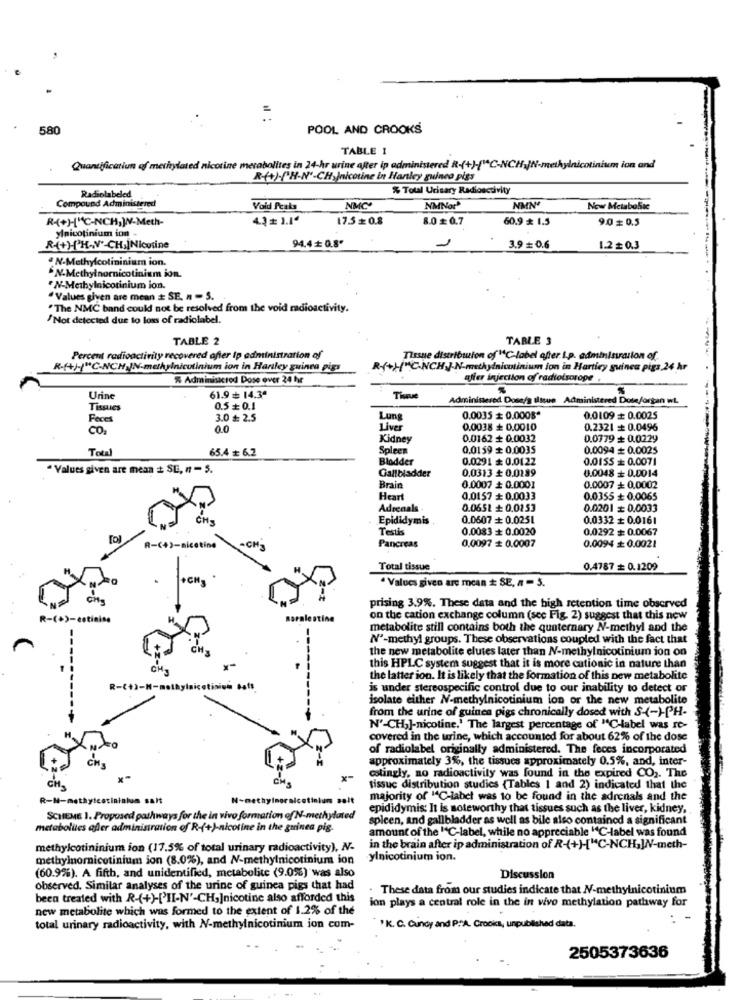
=
580
POOL AND CROOKS
TABLE 1
Quantification of methylated nicotine metabolites in 24-hr urine after ip administered R-(+)-("C-NCH IN-methylnicotinium ion and
R(+)-PH-N'-CH Inicotine in Hanley guinea pigs
% Total Urinary Radioactivity
Compound Administered
Radiolabeled
Void Peaks
NMC
NMNor
NMN'
Now Metabolic
R(+)"C-NCH,W-Meth-
4.3+ 1.1ª
17.5 0.8
8.0$0.7
60.9 * 1.5
9.00.5
ylnicotinium ion -
94.4+ 0.8"
R(+H'H-N' CH.|Nicotine
3.9 = 0.6
1.2£0.3
. N-Methylcolininium ion.
N-Methylnornicotinium ion.
N-Methylnicotinium ion.
"Values given are mean # SE. n - 5.
"The NMC band could not be resolved from the void radioactivity.
Not detected due to loss of radiolabel.
TABLE 2
TABLE 3
Percent radioactivity recovered after ip administration of
Tissue distribution ofMC-label after i.p. administration of
R-(+/-/"C-NCH IN-methylnicolinium ion in Harley guinea pigs
R-(+H"C.NCH J.N-methylnicolinium ion in Harticy guinea pigs 24 hr
% Adminisacred Dose over 24 hr
affer injection of radiotsoroge .
Urine
61.9 + 14.30
Thave
Administered Dose/g tissue Administered Dose/organ wL
Tissues
0.5 + 0.1
Feces
3.0 # 2.5
Lung
0.0035 + 0.0008*
0.0109 + 0.0025
CO.
0.0
Liver
0.0038 + 0.0010
0.2321 + 0.0496
Kidney
0.0162 + 0.0032
0.0779 + 0.0229
Total
65.4 ₺ 6.2
Spleen
0.0159 + 0.0035
0.0094 + 0.0025
Bladder
0.0291 # 0.0122
0.01SS + 0.0071
" Values given are mean + SE, n = 5.
0.0048 + 0.0014
Gallbladder
0.0313 £ 0.0189
Brain
0.0007 + 0.0001
0.0007 + 0.0002
Heart
0,0157 + 0.0033
0.0355 + 0.0065
Adrenals
0.0651 + 0.0153
0.0201 = 0.0033
Epididymis
0.0607 + 0.0251
0.0332 + 0.0161
Testis
0.0083 + 0.0020
0.0292 + 0.0067
A-c+>-nicotine
Pancreas
0,0097 + 0.0007
0.0094 # 0.0021
Total tissue
0.4787 + 0.1209
+CH3
· Values given are mean # SE, a = 5.
CH
prising 3.9%. These data and the high retention time observed
R-(+)-cetinine
soralestine
on the cation exchange column (see Fig. 2) suggest that this new
metabolite still contains both the quaternary N-methyl and the
-
Nº-methyl groups. These observations coupled with the fact that
the new metabolite elutes later than N-methylnicotinium ion on
this HPLC system suggest that it is more cationic in nature than
the latter ion. It is likely that the formation of this new metabolite
is under stereospecific control due to our inability to detect or
isolate either N-methylnicotinium ion or the new metabolite
from the urine of guinea pigs chronically dosed with S-(-)PH-
N'-CH,]-nicotine.' The largest percentage of "C-label was re-
covered in the urine, which accounted for about 62% of the dose
of radiolabel originally administered. The feces incorporated
CH
approximately 3%, the tissues approximately 0.5%, and, inter-
x-
cotingly, no radioactivity was found in the expired CO2. The
tissuc distribution studies (Tables 1 and 2) indicated that the
R-N-methylcocininium salt
N-methylnernicotiniun salt
majority of "C-label was to be found in the adrenals and the
epididymis: It is noteworthy that tissues such as the liver, kidney,
SCHEME 1. Proposed pathways for the in vivo formation ofN-methylated
spleen, and gallbladder as well as bile also contained a significant
metabolites afler administration of R-(+)-nicotine in the guinea pig.
amount of the "C-label, while no appreciable "C-label was found
methylcotininium ion (17.5% of total urinary radioactivity), N-
in the brain after ip administration of R-(+)["C-NCH,W-meth-
methylnornicotinium ion (8.0%), and N-methylnicotinium ion
ylnicotinium ion.
(60.9%). A fifth, and unidentified, metabolite (9.0%) was also
Discussion
observed. Similar analyses of the urine of guinea pigs that had
These data from our studies indicate that N-methylnicotininm
been treated with R-(+)-['II-N'-CH,]nicotine also afforded this
new metabolite which was formed to the extent of 1.2% of the
ion plays a central role in the in vivo methylation pathway for
total urinary radioactivity, with N-methylnicotinium ion com-
' K. C. Cincy and P.A. Crooks, unpublished data.
2505373636